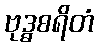
ဗုဒ္ဓစရိတံ